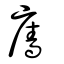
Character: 廧